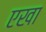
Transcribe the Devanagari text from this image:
एखा